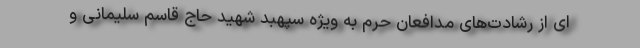
ای از رشادت‌های مدافعان حرم به ویژه سپهبد شهید حاج قاسم سلیمانی و